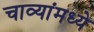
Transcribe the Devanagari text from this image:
चाव्यांमध्ये